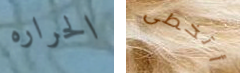
الحراره أتخطى